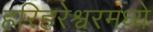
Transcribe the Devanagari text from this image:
हरिहरेश्वरमध्ये